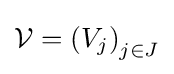
{\mathcal {V}}=\left(V_{j}\right)_{j\in J}